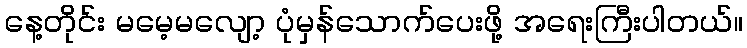
နေ့တိုင်း မမေ့မလျော့ ပုံမှန်သောက်ပေးဖို့ အရေးကြီးပါတယ်။